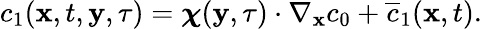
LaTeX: \begin{array}{r}{c_{1}(\mathbf x,t,\mathbf y,\tau)=\boldsymbol\chi(\mathbf y,\tau)\cdot\nabla_{\mathbf x}c_{0}+\overline{c}_{1}(\mathbf x,t).}\end{array}